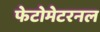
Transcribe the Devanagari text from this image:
फेटोमेटरनल